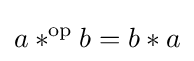
a*^{\text{op}}b=b*a